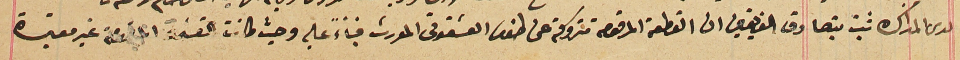
لدى النمذاكرة ثبت بتصادق الفريقين ان القطعة المرقومة متروكة عن طنوس العشقوتي المورث فبناءً عليه وحيث كانت القسمة  غير معتبرة